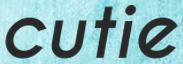
cutie